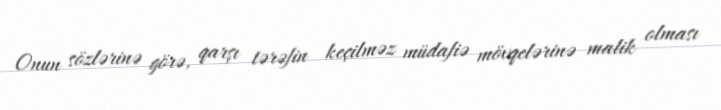
Onun sözlərinə görə, qarşı tərəfin keçilməz müdafiə mövqelərinə malik olması